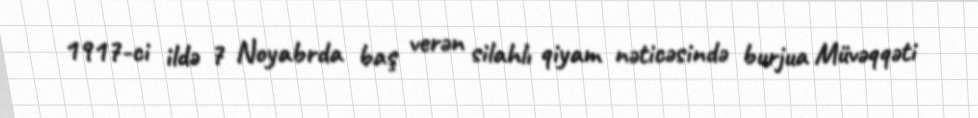
1917-ci ildə 7 Noyabrda baş verən silahlı qiyam nəticəsində burjua Müvəqqəti